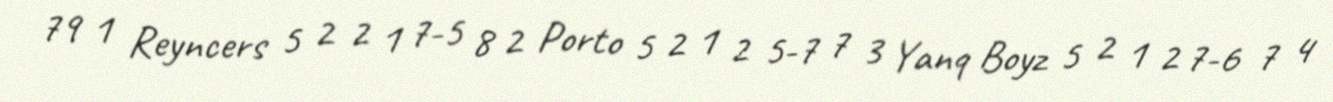
79 1 Reyncers 5 2 2 1 7-5 8 2 Porto 5 2 1 2 5-7 7 3 Yanq Boyz 5 2 1 2 7-6 7 4